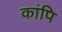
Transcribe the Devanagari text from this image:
कांपि